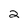
Character: 2